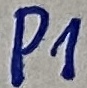
Text: P1